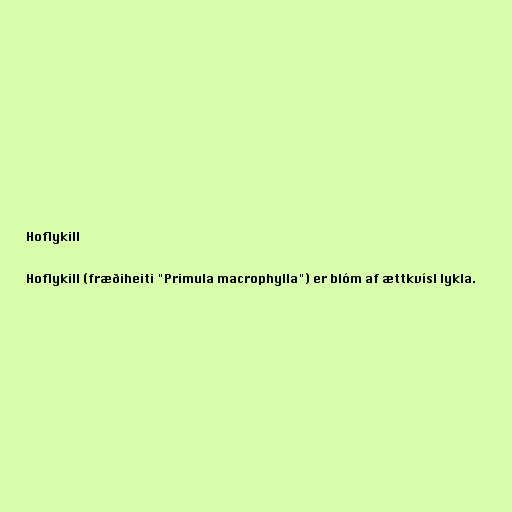
Hoflykill

Hoflykill (fræðiheiti "Primula macrophylla") er blóm af ættkvísl lykla.